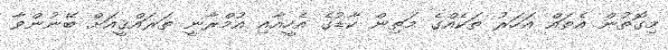
މިގޮތުން އެތައް އަހަރު ތަކެއްގެ މަތިން ކާޑުގެ އެހީއާއި އުމްރާނީ ތަރައްޤީއަށް ބޭނުންވާ